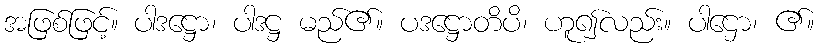
အဖြစ်ဖြင့်။ ပါဒဋ္ဌော၊ ပါဒဋ္ဌ မည်၏။ ပဒဋ္ဌောတိပိ၊ ဟူ၍လည်း။ ပါဌော၊ ၏။